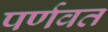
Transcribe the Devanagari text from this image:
पर्णवत